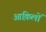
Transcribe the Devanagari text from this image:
आक़िलों